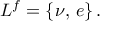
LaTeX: L ^ { f } = \{ \nu , \, e \} \, .